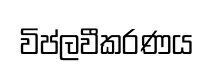
විප්ලවීකරණය